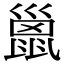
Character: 巤